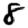
Digit: 8